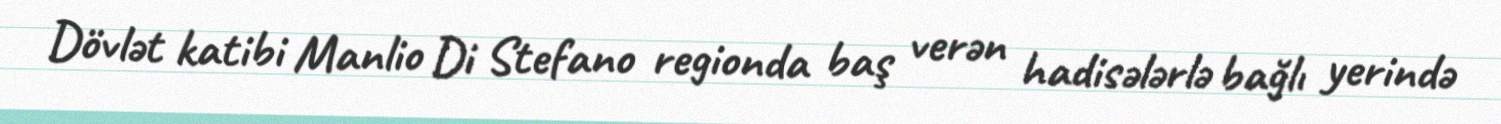
Dövlət katibi Manlio Di Stefano regionda baş verən hadisələrlə bağlı yerində